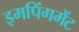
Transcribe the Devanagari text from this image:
इमपिंगमेंट